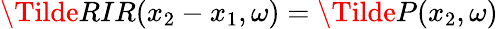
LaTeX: \Tilde{RIR}(x_{2}-x_{1},\omega)=\Tilde{P}(x_{2},\omega)